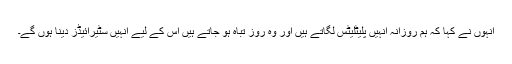
انہوں نے کہا کہ ہم روزانہ انہیں پلیٹلیٹس لگاتے ہیں اور وہ روز تباہ ہو جاتے ہیں اس کے لیے انہیں سٹیرائیڈز دینا ہوں گے۔